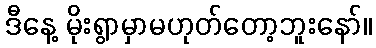
ဒီနေ့ မိုးရွာမှာမဟုတ်တော့ဘူးနော်။